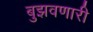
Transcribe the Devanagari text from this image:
बुझवणारी